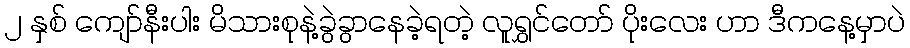
၂ နှစ် ကျော်နီးပါး မိသားစုနဲ့ခွဲခွာနေခဲ့ရတဲ့ လူရွှင်တော် ပိုးလေး ဟာ ဒီကနေ့မှာပဲ